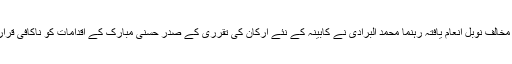
حکومت مخالف نوبل انعام یافتہ رہنما محمد البرادی نے کابینہ کے نئے ارکان کی تقرری کے صدر حُسنی مبارک کے اقدامات کو ناکافی قرار دیا ہے۔